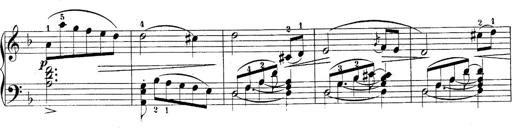
Title: 10 Sonatines progressives
Composer: Anton Schmoll